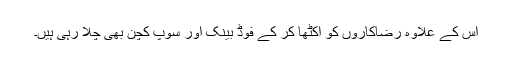
اس کے علاوہ رضاکاروں کو اکٹھا کر کے فوڈ بینک اور سوپ کچن بھی چلا رہی ہیں۔